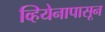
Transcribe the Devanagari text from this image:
व्हियेनापासून